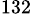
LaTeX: ^\mathrm{132}